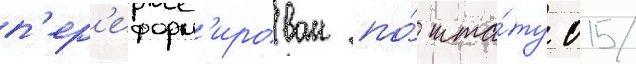
п'ер'еформ'ирован по́ шта́ту 015/